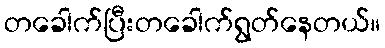
တခေါက်ပြီးတခေါက်ရွတ်နေတယ်။